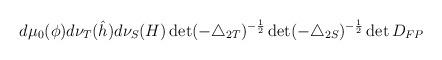
LaTeX: \begin{align*}d\mu_{0}(\phi)d\nu_{T}(\hat{h})d\nu_{S}(H)\det(-\triangle_{2T})^{-\frac{1}{2}}\det(-\triangle_{2S})^{-\frac{1}{2}}\det D_{FP}\end{align*}